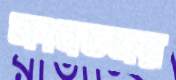
সংবতসর